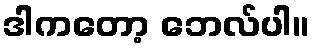
ဒါကတော့ ဘေလ်ပါ။